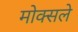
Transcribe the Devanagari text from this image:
मोक्सले